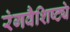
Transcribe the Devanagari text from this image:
रंगवैशिष्ट्ये